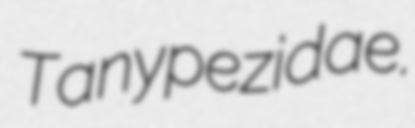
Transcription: Tanypezidae.